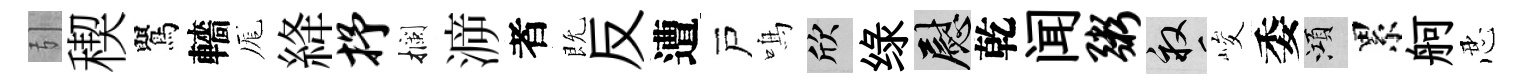
引稧鸎轖厖絳抒攔㴑者既反遭戸鳴欣绿慰乾闻粥畝峻委澒累舸忍